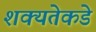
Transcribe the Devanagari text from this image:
शक्यतेकडे